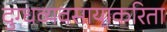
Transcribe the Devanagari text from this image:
दुग्धव्यवसायाकरिता